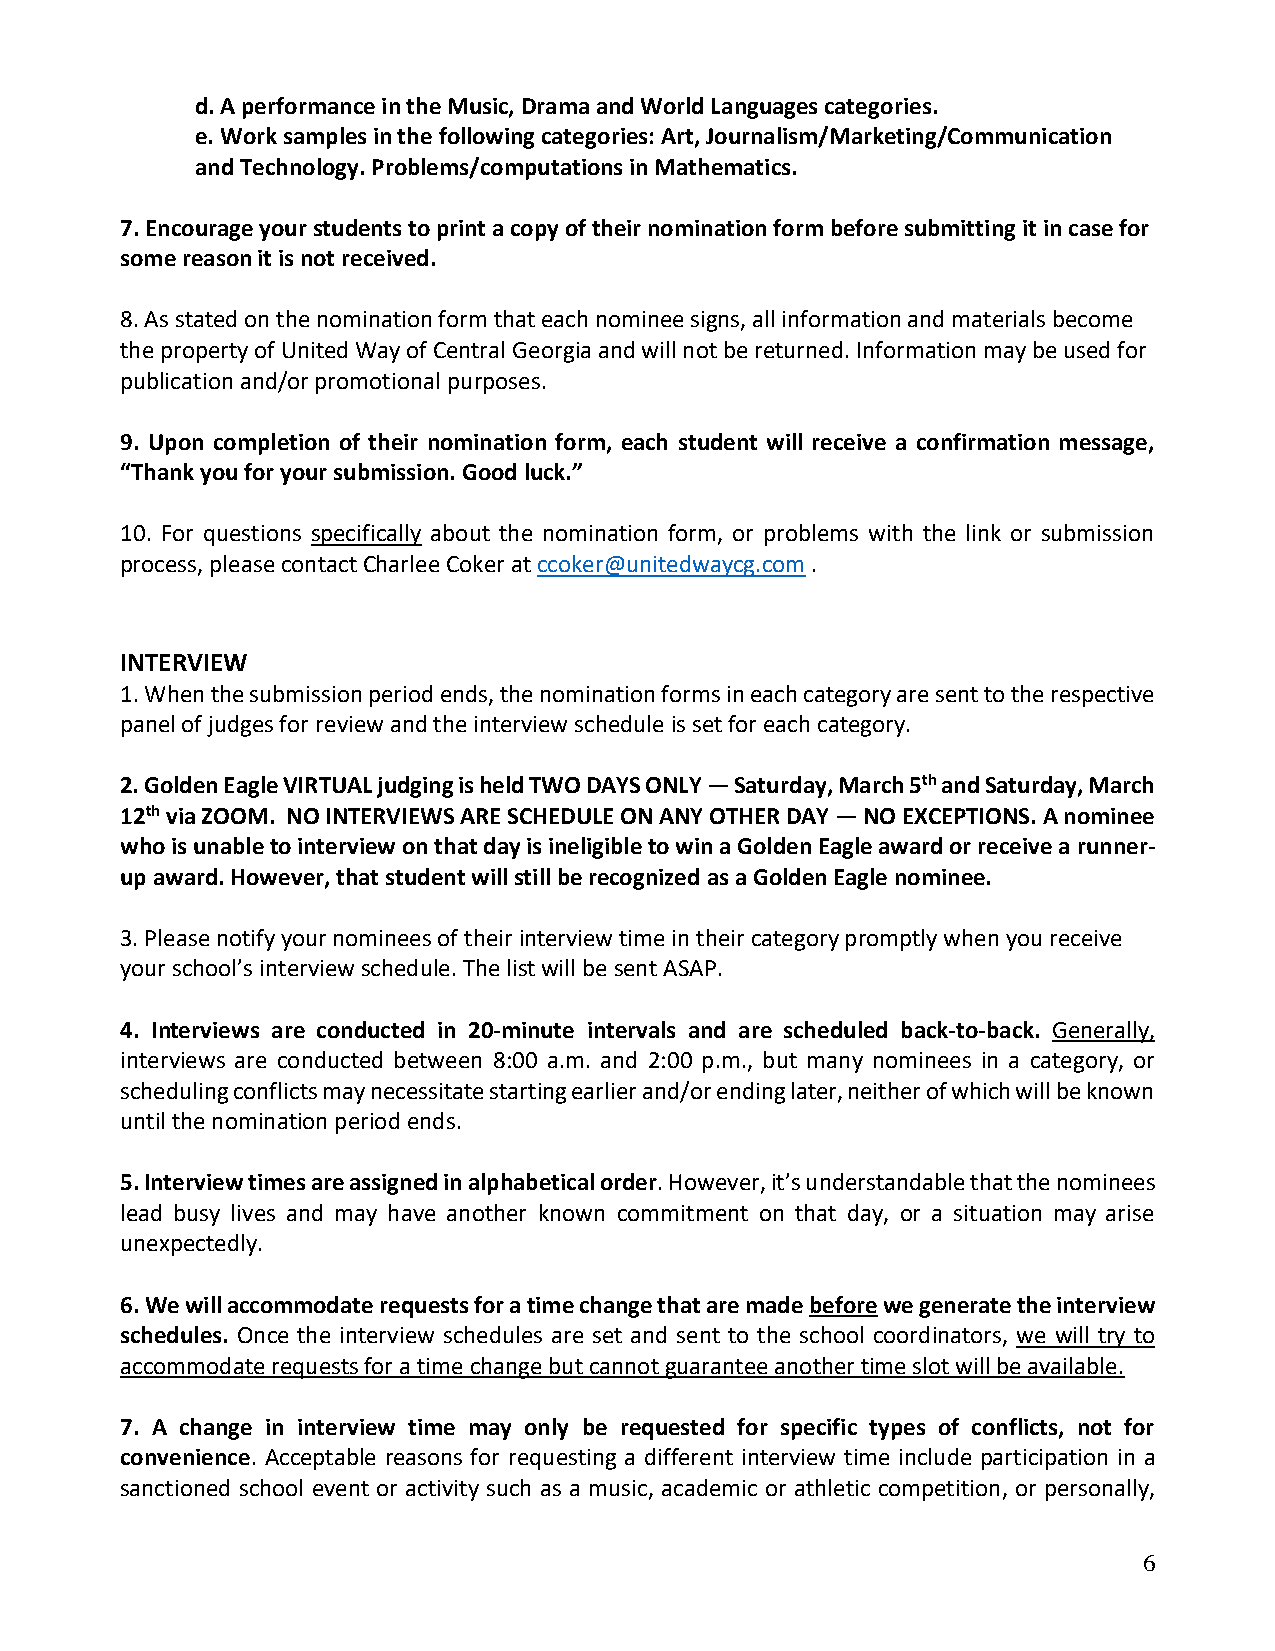
d. A performance in the Music, Drama and World Languages categories.
 e. Work samples in the following categories: Art, Journalism/Marketing/Communication
 and Technology. Problems/computations in Mathematics.
 7. Encourage your students to print a copy of their nomination form before submitting it in case for
 some reason it is not received.
 8. As stated on the nomination form that each nominee signs, all information and materials become
 the property of United Way of Central Georgia and will not be returned. Information may be used for
 publication and/or promotional purposes.
 9. Upon completion of their nomination form, each student will receive a confirmation message,
 “Thank you for your submission. Good luck.”
 10. For questions specifically about the nomination form, or problems with the link or submission
 process, please contact Charlee Coker at ccoker@unitedwaycg.com .
 INTERVIEW
 1. When the submission period ends, the nomination forms in each category are sent to the respective
 panel of judges for review and the interview schedule is set for each category.
 2. Golden Eagle VIRTUAL judging is held TWO DAYS ONLY — Saturday, March 5th and Saturday, March
 12th via ZOOM. NO INTERVIEWS ARE SCHEDULE ON ANY OTHER DAY — NO EXCEPTIONS. A nominee
 who is unable to interview on that day is ineligible to win a Golden Eagle award or receive a runner-
 up award. However, that student will still be recognized as a Golden Eagle nominee.
 3. Please notify your nominees of their interview time in their category promptly when you receive
 your school’s interview schedule. The list will be sent ASAP.
 4. Interviews are conducted in 20-minute intervals and are scheduled back-to-back. Generally,
 interviews are conducted between 8:00 a.m. and 2:00 p.m., but many nominees in a category, or
 scheduling conflicts may necessitate starting earlier and/or ending later, neither of which will be known
 until the nomination period ends.
 5. Interview times are assigned in alphabetical order. However, it’s understandable that the nominees
 lead busy lives and may have another known commitment on that day, or a situation may arise
 unexpectedly.
 6. We will accommodate requests for a time change that are made before we generate the interview
 schedules. Once the interview schedules are set and sent to the school coordinators, we will try to
 accommodate requests for a time change but cannot guarantee another time slot will be available.
 7. A change in interview time may only be requested for specific types of conflicts, not for
 convenience. Acceptable reasons for requesting a different interview time include participation in a
 sanctioned school event or activity such as a music, academic or athletic competition, or personally,
 6